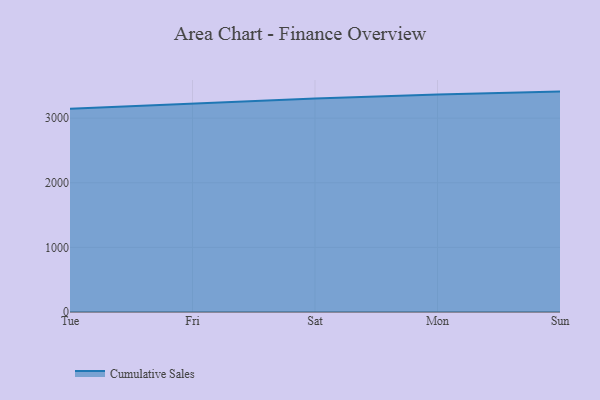
{"axis": {"x": "Day", "y": "Bounce Rate (%)"}, "legend": ["Cumulative Sales"], "data": [{"x": "Tue", "y": 3146.0, "type": "Cumulative Sales"}, {"x": "Fri", "y": 3221.1, "type": "Cumulative Sales"}, {"x": "Sat", "y": 3304.9, "type": "Cumulative Sales"}, {"x": "Mon", "y": 3366.7, "type": "Cumulative Sales"}, {"x": "Sun", "y": 3411.2, "type": "Cumulative Sales"}]}